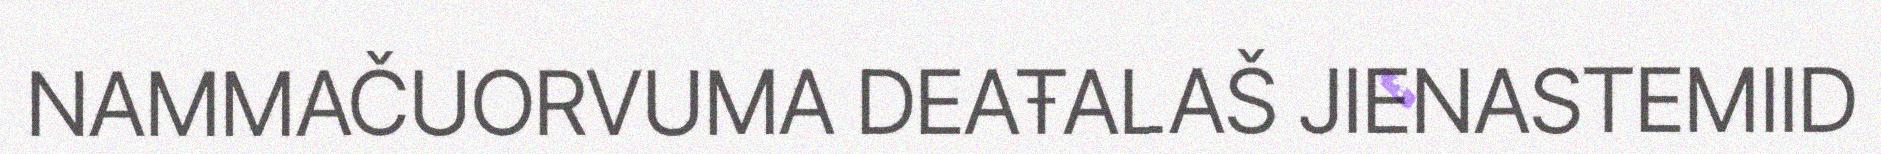
NAMMAČUORVUMA DEAŦALAŠ JIENASTEMIID